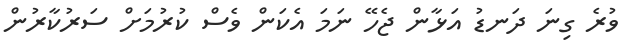
ވުރެ ގިނަ ދަނޑު އަޅާން ޖެހޭ ނަމަ އެކަން ވެސް ކުރުމަށް ސަރުކާރުން